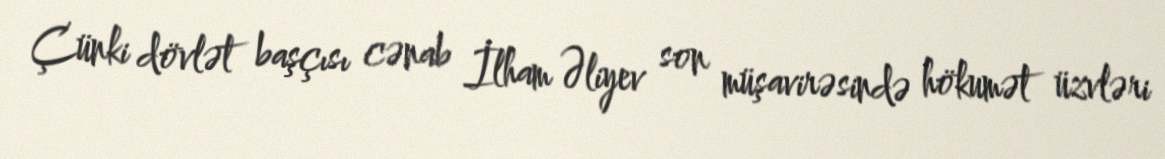
Çünki dövlət başçısı cənab İlham Əliyev son müşavirəsində hökumət üzvləri